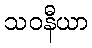
သဝနီယာ